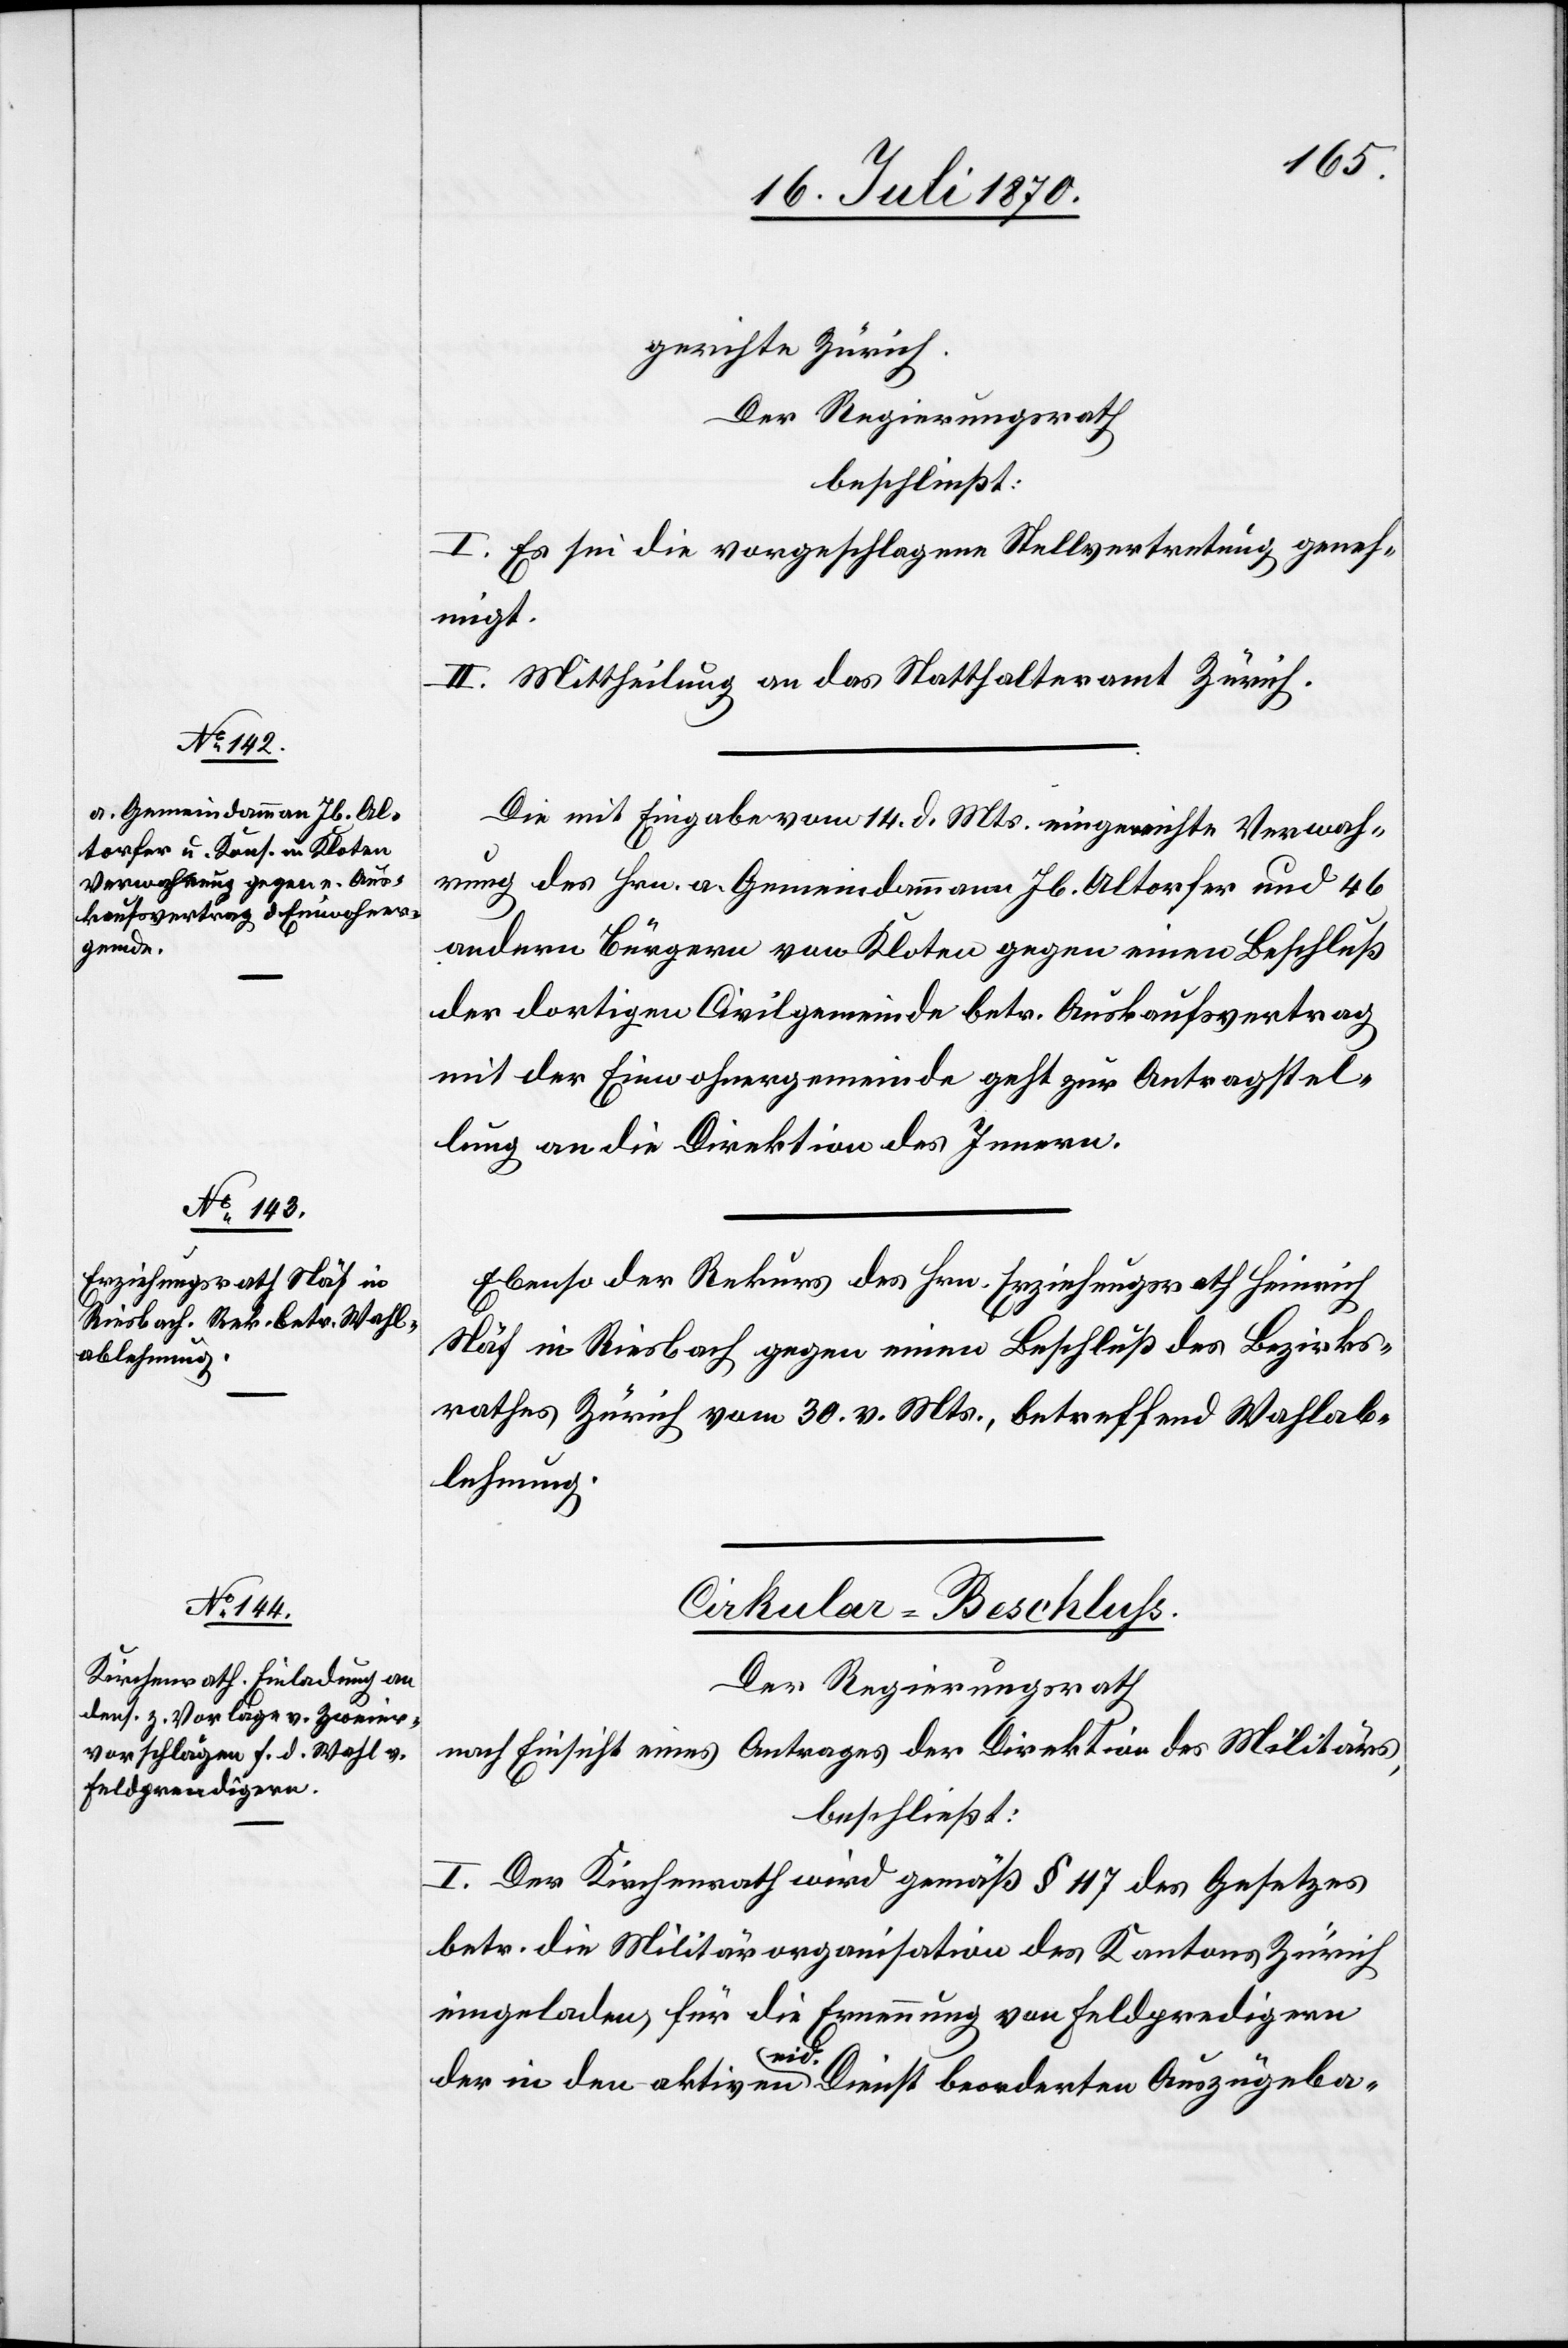
[18. Juli 1870.]
gerichte Zürich.
Der Regierungsrath
beschließt:
I. Es sei die vorgeschlagene Stellvertretung geneh¬
migt.
II. Mittheilung an das Statthalteramt Zürich.
Die mit Eingabe vom 14. d. Mts. eingereichte Verwah¬
rung des Hrn. a. Gemeindammann Jb. Altorfer und 46
andern Bürgern von Kloten gegen einen Beschluß
der dortigen Civilgemeinde betr. Auskaufsvertrag
mit der Einwohnergemeinde geht zur Antragstel¬
lung an die Direktion des Innern.
Ebenso der Rekurs des Hrn. Erziehungsrath Heinrich
Näf in Riesbach gegen einen Beschluß des Bezirks¬
rathes Zürich vom 30. v. Mts., betreffend Wahlab¬
lehnung.
Cirkular-Beschluss.
Der Regierungsrath
nach Einsicht eines Antrages der Direktion des Militärs,
beschließt:
I. Der Kirchenrath wird gemäß § 47 des Gesetzes
betr. die Militärorganisation des Kantons Zürich
eingeladen, für die Ernennung von Feldpredigern
der in den aktiven eid. Dienst beorderten Auszügeba-